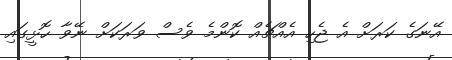
އޭނަގެ ކަރަށް އެ ޖެހި އެއްޗެއް ކޮންމެ ވެސް ވަރަކަށް ނޭވާ ހޮޅީގައި